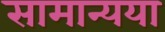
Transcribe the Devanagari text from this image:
सामान्यया